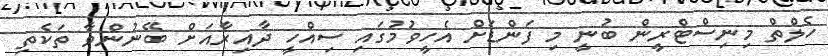
ހެލްތް މިނިސްޓްރީން ބުނީ މި ފަންޑަށް އެހީވުމުގައި ސިއްހީ ދާއިރާއަށް ބޭނުންވާ ތަކެތި